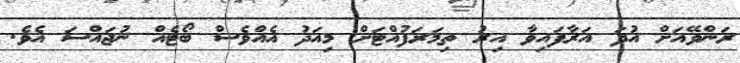
ރަންވޭއަށް އުދަ އަރާފައިވާ އިރު ތިމަރަފުއްޓަށް މިއަދު އެއްވެސް ބޯޓެއް ނުޖައްސަ އެވެ.